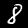
Label: 8